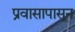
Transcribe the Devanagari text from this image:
प्रवासापासून